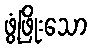
ဖွံ့ဖြိုးသော